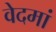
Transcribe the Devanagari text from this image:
वेदमां